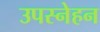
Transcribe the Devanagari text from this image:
उपस्नेहन